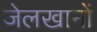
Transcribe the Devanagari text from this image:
जेलखानों